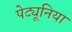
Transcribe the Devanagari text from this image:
पेट्यूनिया